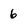
Character: 6